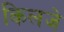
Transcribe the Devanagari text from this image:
किलजे